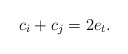
\begin{align*}c_i+c_j=2e_t.\end{align*}